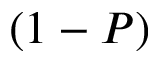
( 1 - P )